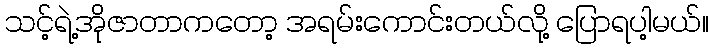
သင့်ရဲ့အိုဇာတာကတော့ အရမ်းကောင်းတယ်လို့ ပြောရပါ့မယ်။